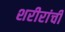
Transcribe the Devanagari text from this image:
शरीरांची